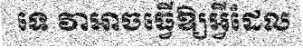
ទេ វាអាចធ្វើឱ្យអ្វីដែល